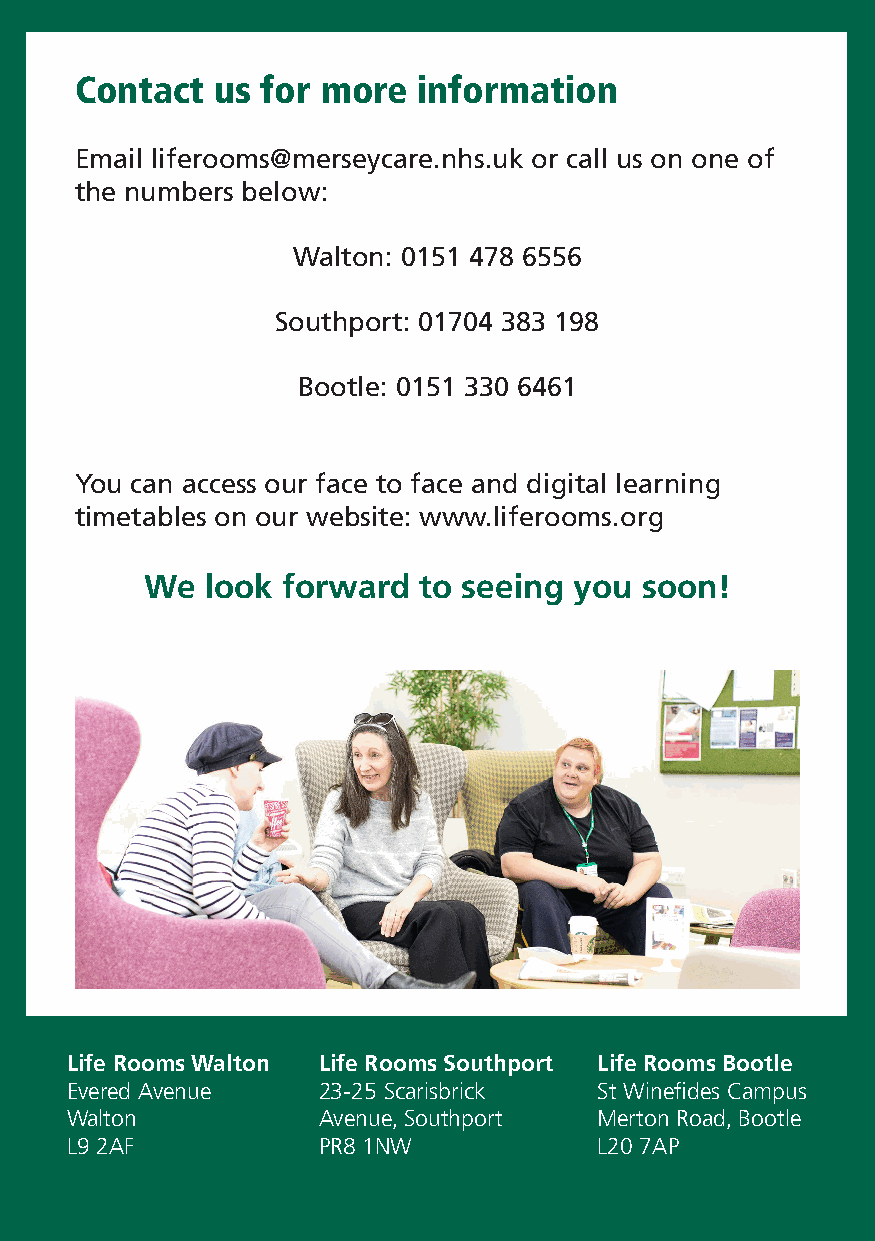
Contact  us for more   information
 Email liferooms@merseycare.nhs.uk or call us on one of
 the numbers below:
 Walton: 0151 478 6556
 Southport: 01704 383 198
 Bootle: 0151 330 6461
 You can access our face to face and digital learning
 timetables on our website: www.liferooms.org
 We  look forward  to seeing you soon!
 Life Rooms Walton Life Rooms Southport Life Rooms Bootle
 Evered Avenue    23-25 Scarisbrick  St Winefides Campus
 Walton           Avenue, Southport  Merton Road, Bootle
 L9 2AF           PR8 1NW            L20 7AP